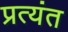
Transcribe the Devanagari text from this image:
प्रत्‍यंत